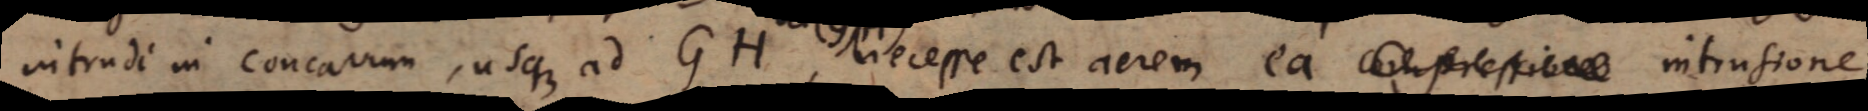
intrudi in concavum, usque ad GH, necesse est aerem ea compressione intrusione